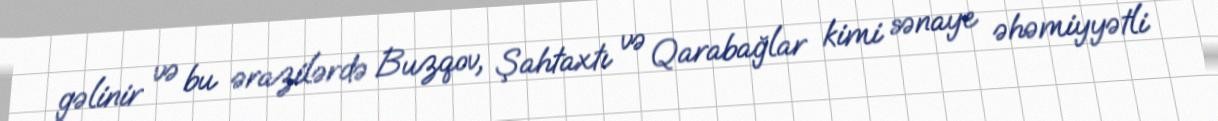
gəlinir və bu ərazilərdə Buzqov, Şahtaxtı və Qarabağlar kimi sənaye əhəmiyyətli